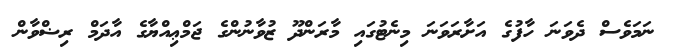
ނަމަވެސް ދެވަނަ ހާފުގެ އަށާރަވަނަ މިނެޓުގައި މާރަންދޫ ޒުވާނުންގެ ޖަމްޢިއްޔާގެ އާދަމް ރިޟްވާން